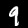
Label: 9